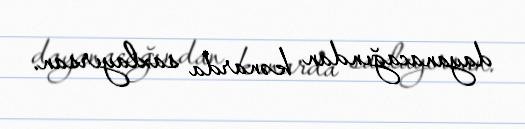
dayanacağından kənarda saxlayırsan.